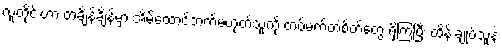
လူတိုင်းဟာ တချိန်ချိန်မှာ အိမ်ထောင်ဘက်မဟုတ်သူကို တပ်မက်တဲ့စိတ်တွေ ရှိကြပြီး ထိန်းချုပ်သူနဲ့